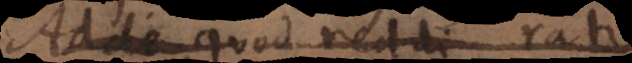
eo, quod reddi ratio